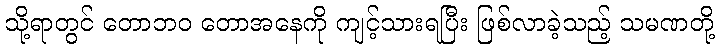
သို့ရာတွင် တောဘဝ တောအနေကို ကျင့်သားရပြီး ဖြစ်လာခဲ့သည့် သမဏတို့